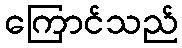
ကြောင်သည်